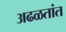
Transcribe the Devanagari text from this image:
अढळतांत